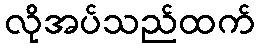
လိုအပ်သည်ထက်